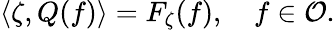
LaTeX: \langle\zeta,Q(f)\rangle=F_{\zeta}(f),\quad f\in{\cal O}.